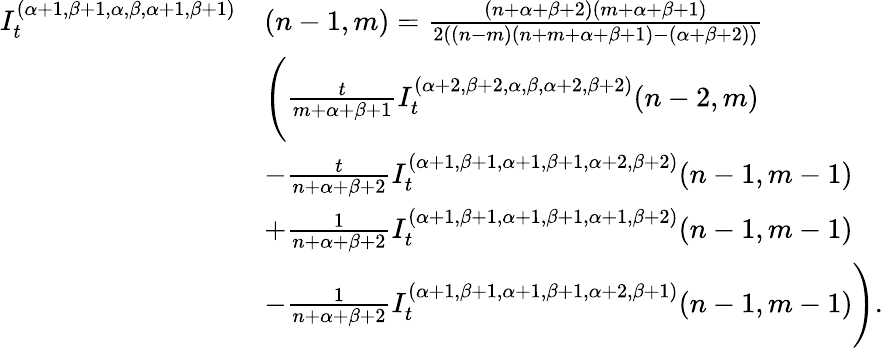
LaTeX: \begin{array}{rl}{I_{t}^{(\alpha+1,\beta+1,\alpha,\beta,\alpha+1,\beta+1)}}&{(n-1,m)=\frac{(n+\alpha+\beta+2)(m+\alpha+\beta+1)}{2((n-m)(n+m+\alpha+\beta+1)-(\alpha+\beta+2))}}\\ &{\Bigg(\frac{t}{m+\alpha+\beta+1}I_{t}^{(\alpha+2,\beta+2,\alpha,\beta,\alpha+2,\beta+2)}{(n-2,m)}}\\ &{-\frac{t}{n+\alpha+\beta+2}I_{t}^{(\alpha+1,\beta+1,\alpha+1,\beta+1,\alpha+2,\beta+2)}{(n-1,m-1)}}\\ &{+\frac{1}{{n}+\alpha+\beta+2}I_{t}^{(\alpha+1,\beta+1,\alpha+1,\beta+1,\alpha+1,\beta+2)}{(n-1,m-1)}}\\ &{{-}\frac{1}{n+\alpha+\beta+2}I_{t}^{(\alpha+1,\beta+1,\alpha+1,\beta+1,\alpha+2,\beta+1)}{(n-1,m-1)}\Bigg).}\end{array}